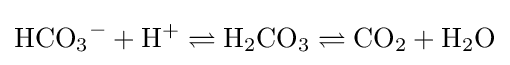
{\mathrm {HCO} {\vphantom {A}}_{\smash[{t}]{3}}{\vphantom {A}}^{-}}+\mathrm {H^{+}} \rightleftharpoons {\mathrm {H} {\vphantom {A}}_{\smash[{t}]{2}}\mathrm {CO} {\vphantom {A}}_{\smash[{t}]{3}}}\rightleftharpoons {\mathrm {CO} {\vphantom {A}}_{\smash[{t}]{2}}}+{\mathrm {H} {\vphantom {A}}_{\smash[{t}]{2}}\mathrm {O} }